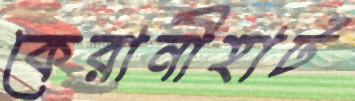
কেরানীহাট